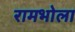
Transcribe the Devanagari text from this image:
रामभोला